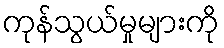
ကုန်သွယ်မှုများကို